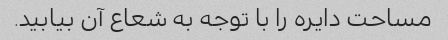
مساحت دایره را با توجه به شعاع آن بیابید.